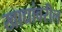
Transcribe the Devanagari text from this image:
खाद्यांवरील